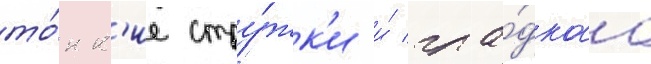
то́нк'ие стру́жк'и и́ гла́дкаа